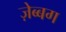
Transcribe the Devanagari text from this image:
ज़ेब्बग